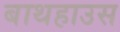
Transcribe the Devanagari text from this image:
बाथहाउस